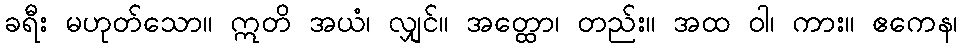
ခရီး မဟုတ်သော။ ဣတိ အယံ၊ လျှင်။ အတ္ထော၊ တည်း။ အထ ဝါ၊ ကား။ ဧကေန၊